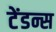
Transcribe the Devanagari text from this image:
टेंडन्स